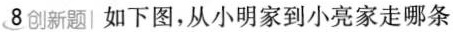
8创新题|如下图，从小明家到小亮家走哪条